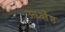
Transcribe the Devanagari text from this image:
ऊर्ध्वोष्ठ